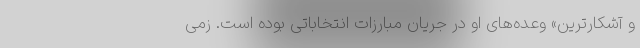
و آشکارترین» وعده‌های او در جریان مبارزات انتخاباتی بوده است. زمی